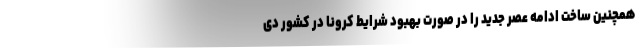
همچنین ساخت ادامه عصر جدید را در صورت بهبود شرایط کرونا در کشور دی